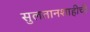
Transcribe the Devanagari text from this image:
सुलतानशाहीची